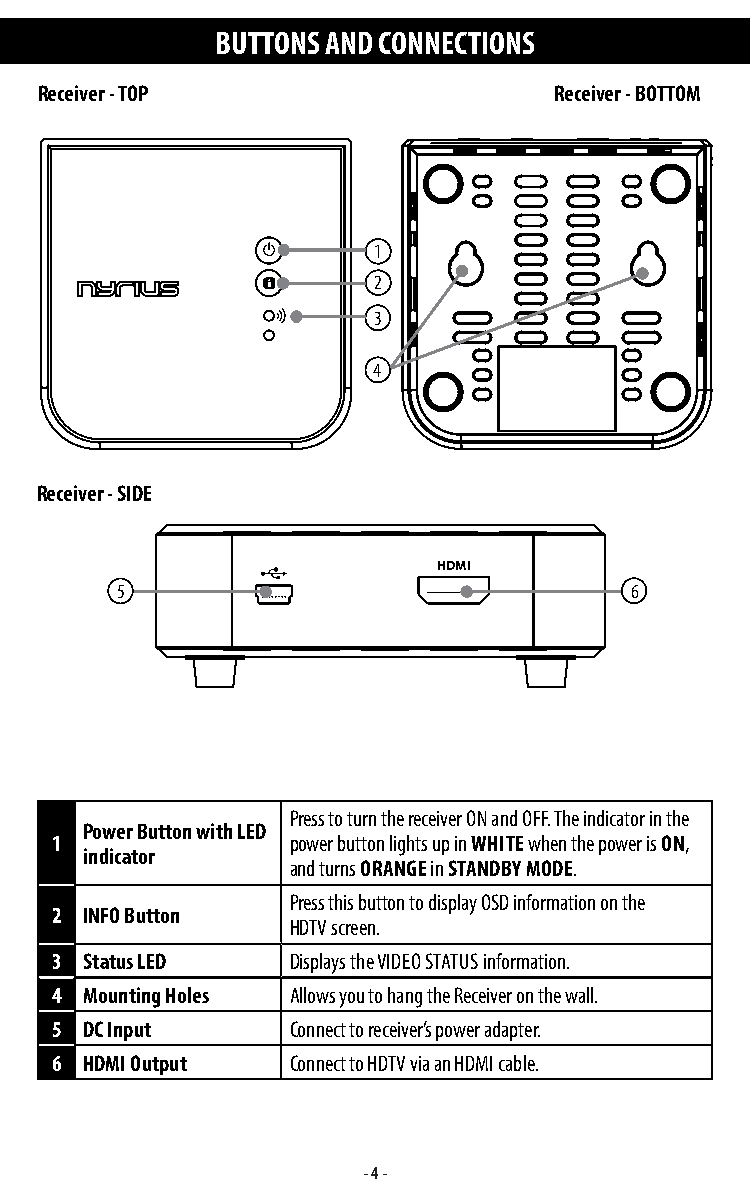
BUTTONS AND CONNECTIONS
 Receiver - TOP                     Receiver - BOTTOM
 1
 2
 3
 4
 Receiver - SIDE
 HDMI
 5                                 6
 Press to turn the receiver ON and OFF. The indicator in the
 Power Button with LED
 1               power button lights up in WHITE when the power is ON,
 indicator
 and turns ORANGE in STANDBY MODE.
 Press this button to display OSD information on the
 2  INFO Button
 HDTV screen.
 3  Status LED   Displays the VIDEO STATUS information.
 4  Mounting Holes Allows you to hang the Receiver on the wall.
 5  DC Input     Connect to receiver’s power adapter.
 6  HDMI Output  Connect to HDTV via an HDMI cable.
 - 4 -